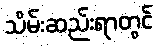
သိမ်းဆည်းရာတွင်